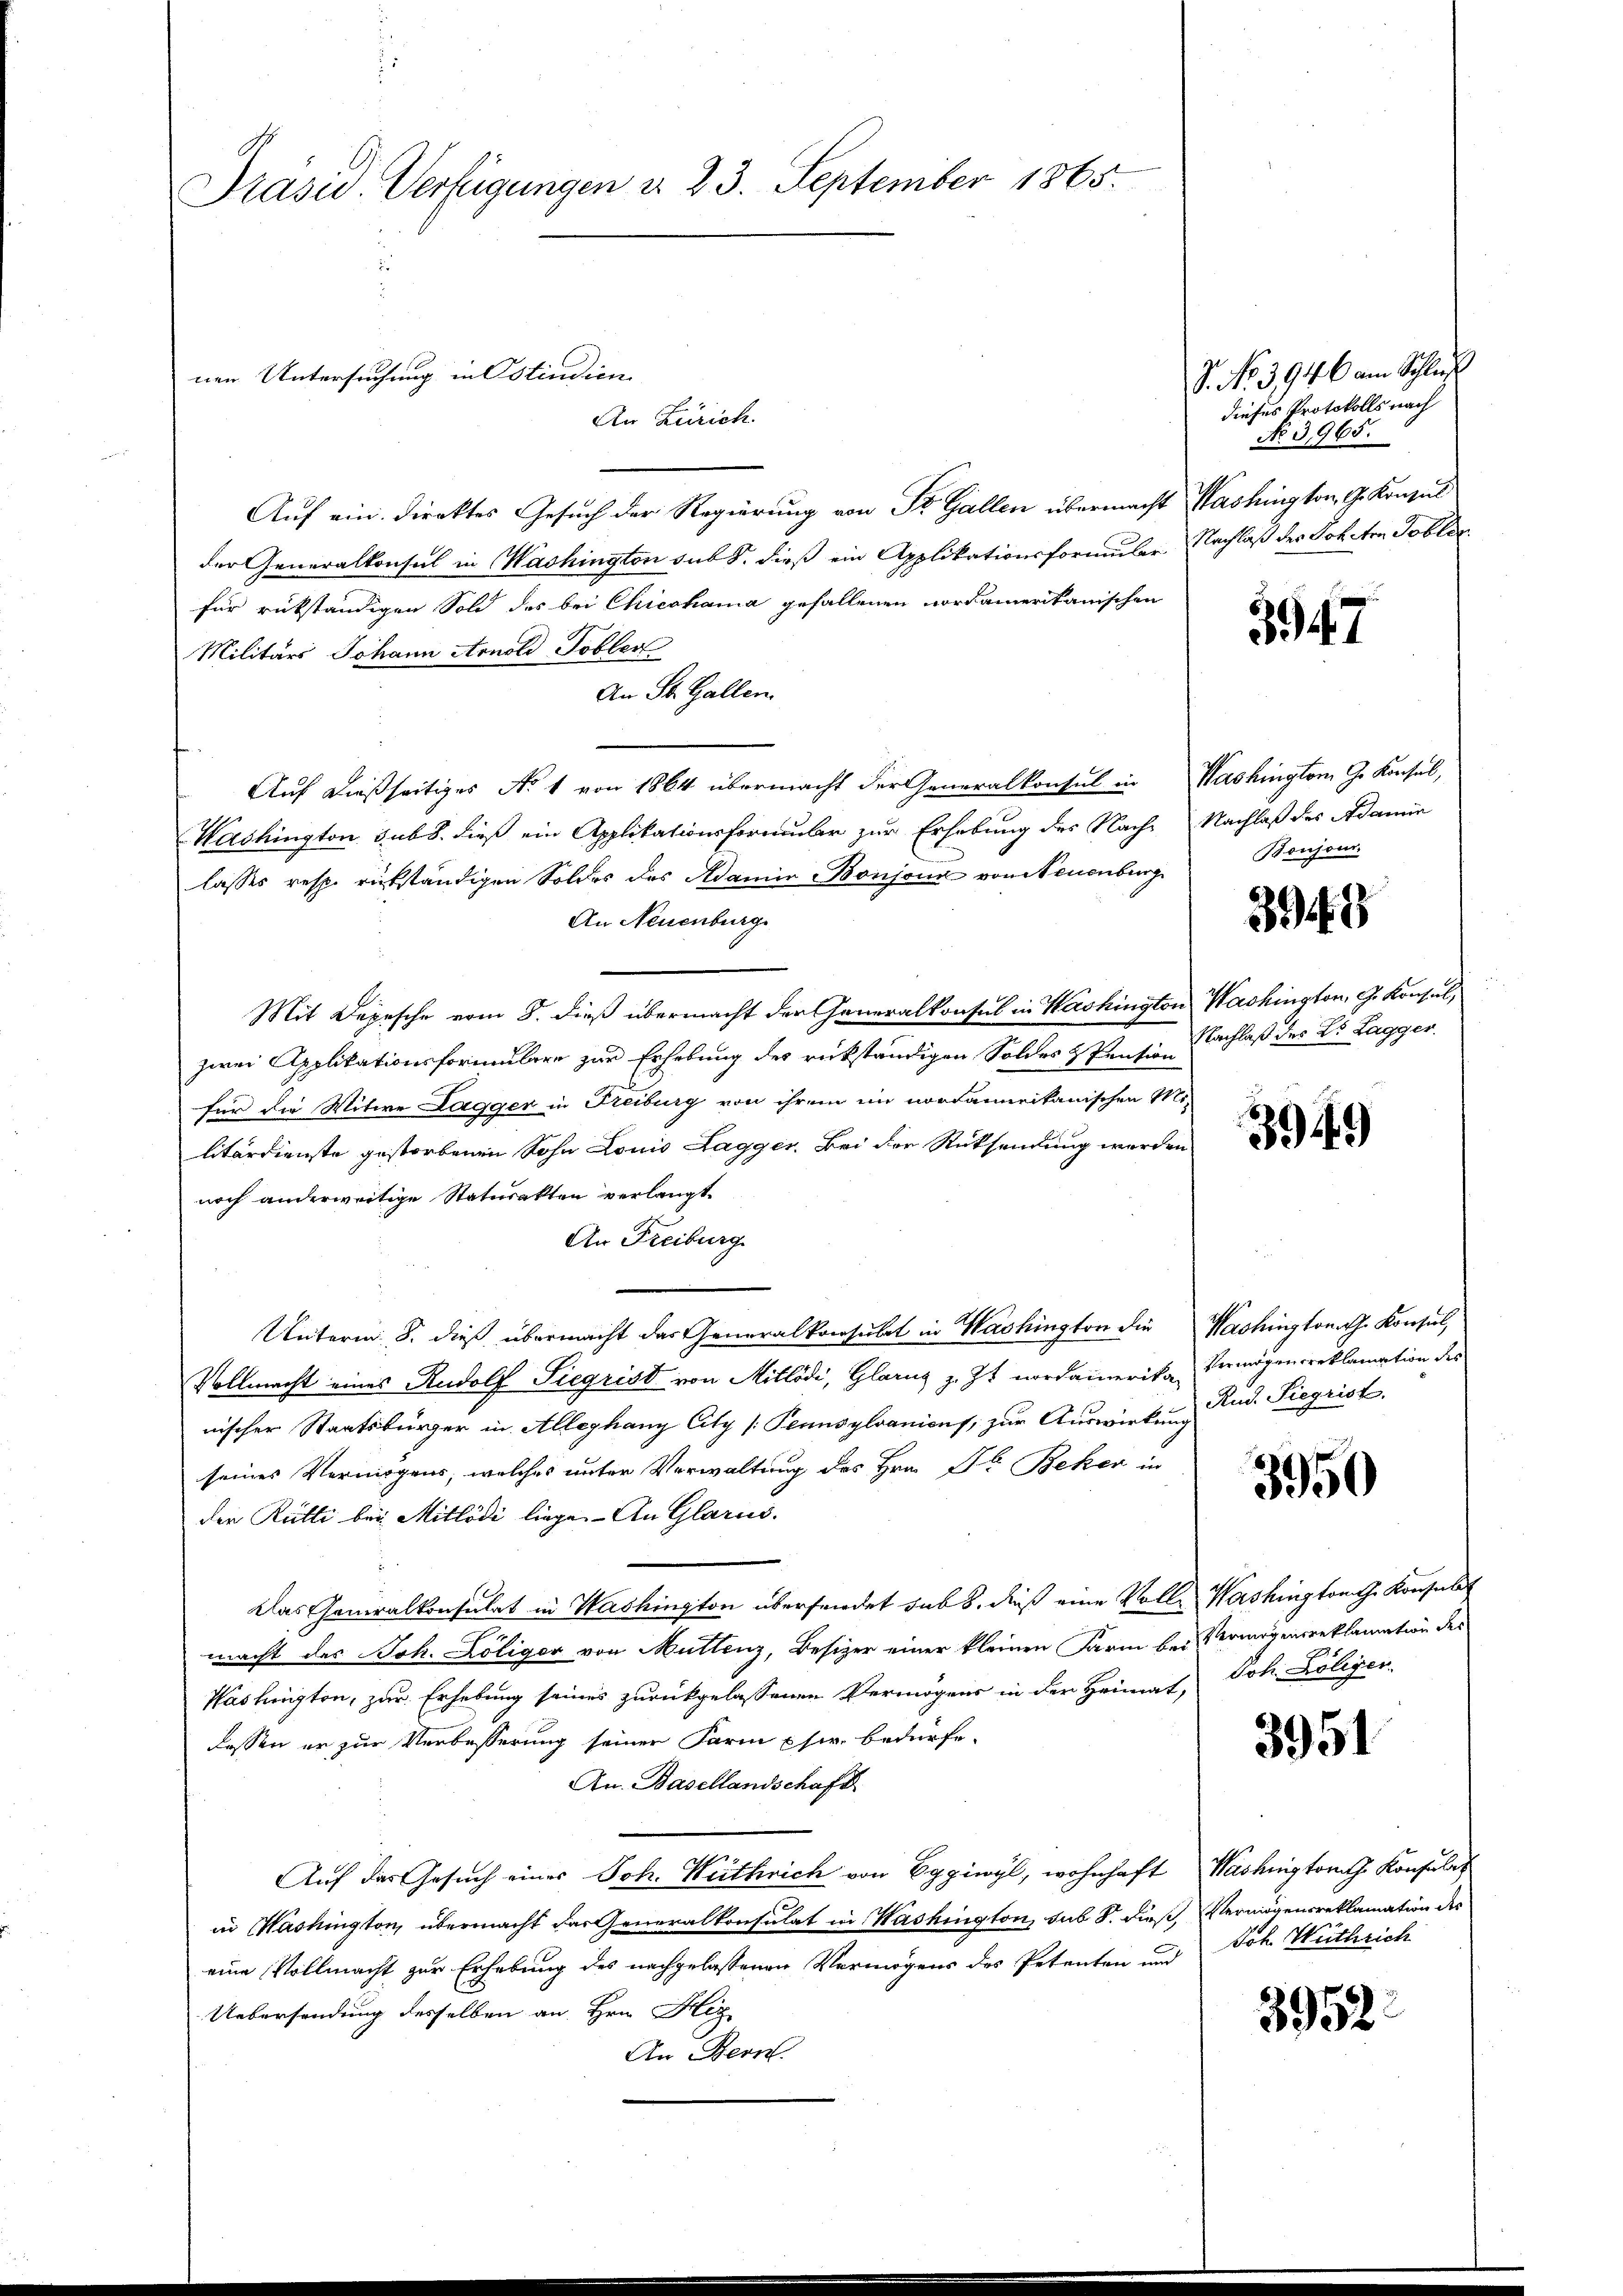
Präsid. Verfügungen d. 23. September 1865.

An Zürich.
Auf ein. Direktes Gesuch der Regierung von St. Gallen übermacht Washington, G. Konsul
der Generalkonsul in Washington sub S. dieß ein Applikationsformuler Nachlaß der Schaten Toblen
für rükständigen Sold des bei Chicohama gefallenen Nordamerikanischen
Militärs Johann Arnold Tobler
An St. Gallen.
Auf dießseitiges No 1 von 1864 übermacht der Generalkonsul in Washington G. Konsul,
Washington sub 8. dieß ein Applikationsformular zur Erhebung des Nach- Nachlaß des Adamin
lasses resp. rückständigen Soldes des Adamir Bonjonz von Neuenburg
An Neuenburg
Mit Depesche vom 8. dieß übermacht der Generalkonsul in Washington Washington, G. Konsul,
zwei Applikationsformulare zur Erhebung des rückständigen Soldes & Pensi achlaß des E. Lagger
für die Witwe Lagger in Freiburg von ihrem im vortanneikanischen Mi-
litärdienste gestorbenen Sohn Lonio Lagger Bei der Rücksendung werden
noch anderweitige Staturakten verlangt.
An Freiburg
Unterm 8. dieß übermacht das Generalkonsulat in Washington die Washingtonath Konsul,
Vollmacht eines Rudolf Siegrist von Mitlödi, Glarus z. Zt. nordamerikan Vermögensreklamation des
nischer Staatsbürger in Alleghany City [Pennsylvanions, zur Auswirkung Rud. Siegrist.
seines Vermögens, welches unter Verwaltung des Hrn. F. Beker in
den Rütti bei Mitlödi liege. An Glarus.
Das Generalkonsulat in Washington überfundet sub 8. dieß eine Voll Washington Konsulat
macht des Joh. Köliger von Muttenz, Besizer einer kleinen Farm bei Vermögensreklamation des
Hästigten, zur Erhebung seines zurückgelassenen Vermögens in den Heimat,
lassen er zur Verbesserung seiner Farm usw. bedürfe.
An. Basellandschaft
Auf das Gesuch eines Joh. Weithrich von Eggiwyl, wohnhaft Washington Konsulat
in Washington, übermacht das Generalkonsulat in Washington, sub S. dieß, Vermögensreklamation des
eine Vollmacht zur Erhebung des nachgelassenen Vermögens des Petenten und Joh. Wüthrich
Uebersendung desselben an Hrn. Heg
An Bern.

nen Untersuchung in Ostindien

7. No 3946 am Schluß
dieses Protokolls nach
No 3965.

3947

Boujour.

3949

3949)

3950

Joh. Koliger.

3951

3952.